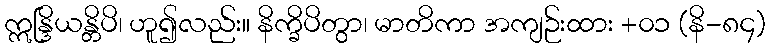
ဣန္ဒြိယန္တိပိ၊ ဟူ၍လည်း။ နိက္ခိပိတွာ၊ မာတိကာ အကျဉ်းထား +၀၁ (နိ-၈၄)